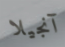
آنجيلا